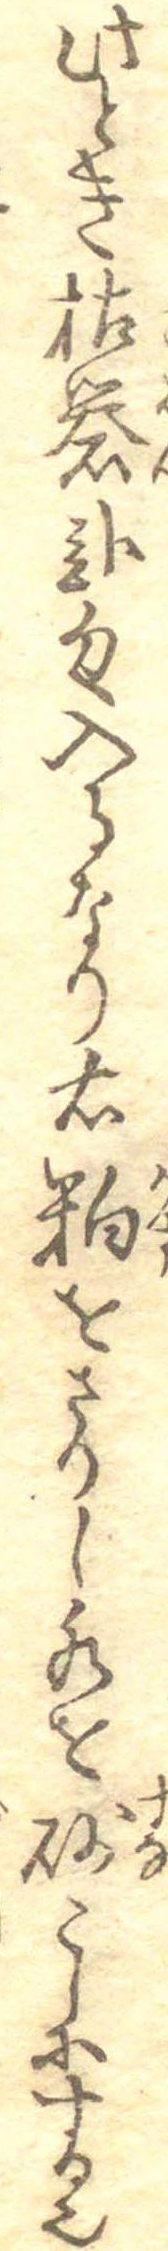
此とき枯礬弐匁入るなり右粕をさりし水を砂こしにする也